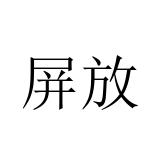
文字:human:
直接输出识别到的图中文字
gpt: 屏放